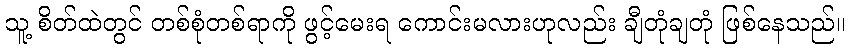
သူ့ စိတ်ထဲတွင် တစ်စုံတစ်ရာကို ဖွင့်မေးရ ကောင်းမလားဟုလည်း ချီတုံချတုံ ဖြစ်နေသည်။